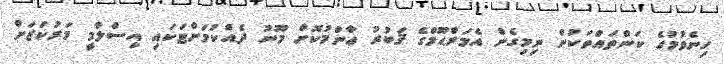
ހިނެވުމުގެ ކަންތައްތަކުން ނިމިގެން އެމަރްޙޫމްގެ ޤަބުރު ޢާންމުކޮށް މޫނު ދެއްކުމަށްޓަކައި އިސްލާމީ މަރުކަޒަށް